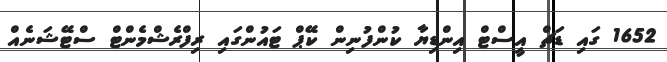
1652 ގައި ޑަޗް އީސްޓް އިންޑިޔާ ކުންފުނިން ކޭޕް ޓައުންގައިި ރިފްރެޝްމެންޓް ސްޓޭޝަނެއް